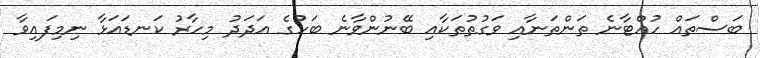
ބަސްތައް ހުއްޓާނެ ތަންތަނާއި ވަގުތުތަކާއި ބޭނުންވާނެ ބަހުގެ އަދަދު މިހާރު ކަނޑައަޅާ ނިމިފައިވާ